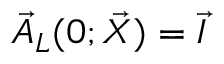
\vec { A } _ { L } ( 0 ; \vec { X } ) = \vec { I }